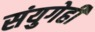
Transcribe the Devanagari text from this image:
संयुगेही